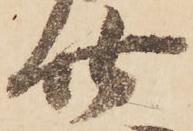
廿